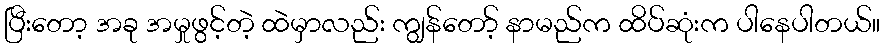
ပြီးတော့ အခု အမှုဖွင့်တဲ့ ထဲမှာလည်း ကျွန်တော့် နာမည်က ထိပ်ဆုံးက ပါနေပါတယ်။